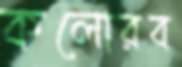
কলোরব